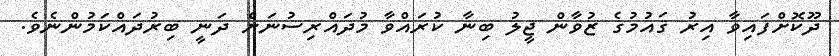
ދޫކޮށްފައިވާ އިރު ޤައުމުގެ ޒުވާން ޖީލު ބިނާ ކުރައްވާ މުދައްރިސުނަށް ދަނީ ބިރުދައްކަމުންނެވެ.